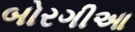
બોરગીઆ